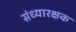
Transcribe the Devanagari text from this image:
संध्यारक्षक